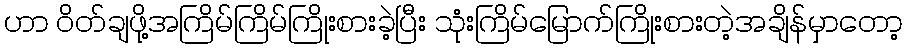
ဟာ ၀ိတ်ချဖို့အကြိမ်ကြိမ်ကြိုးစားခဲ့ပြီး သုံးကြိမ်မြောက်ကြိုးစားတဲ့အချိန်မှာတော့